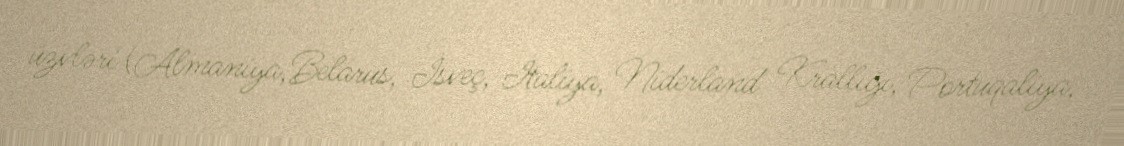
üzvləri (Almaniya,Belarus, İsveç, İtaliya, Niderland Krallığı, Portuqaliya,